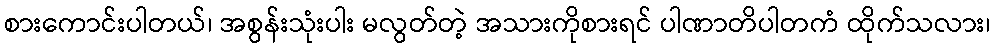
စားကောင်းပါတယ်၊ အစွန်းသုံးပါး မလွတ်တဲ့ အသားကိုစားရင် ပါဏာတိပါတကံ ထိုက်သလား၊